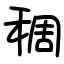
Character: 稠